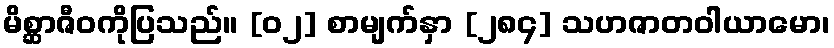
မိစ္ဆာဇီဝကိုပြသည်။ [၀၂] စာမျက်နှာ [၂၈၄] သဟဇာတဝါယာမော၊